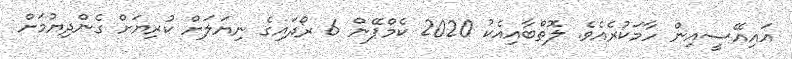
އައިއޭސީއިން ހާމަކުރެއެވެ. ލޮތްބާއިއެކު 2020 ކެމްޕޭން 6 ރޯދައިގެ ނިޔަލަށް ކުރިޔަށް ގެންދިޔުމަށް